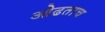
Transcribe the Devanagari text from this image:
ओढताच